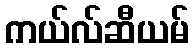
ကယ်လ်ဆီယမ်